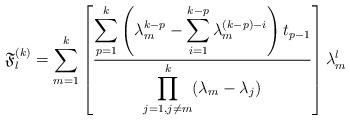
LaTeX: \begin{align*}\mathfrak{F}_l^{(k)}=\sum_{m=1}^{k} \left[\displaystyle \frac{\displaystyle\sum_{p=1}^{k}\left(\lambda_m^{k-p}-\displaystyle\sum_{i=1}^{k-p}\lambda_m^{(k-p)-i}\right)t_{p-1}}{\displaystyle \prod_{j=1, j\neq m}^{k}(\lambda_m - \lambda_j)} \right] \lambda_m^l\end{align*}